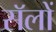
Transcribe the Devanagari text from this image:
सॅलों